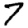
Digit: 7